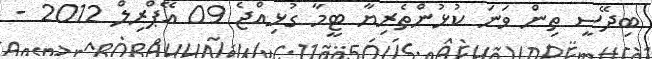
ބިދޭސީ ތިން ވަނަ ކުޅުންތެރިޔާ ޓީމާ ގުޅިއްޖެ 09 އޭޕްރިލް 2012 -